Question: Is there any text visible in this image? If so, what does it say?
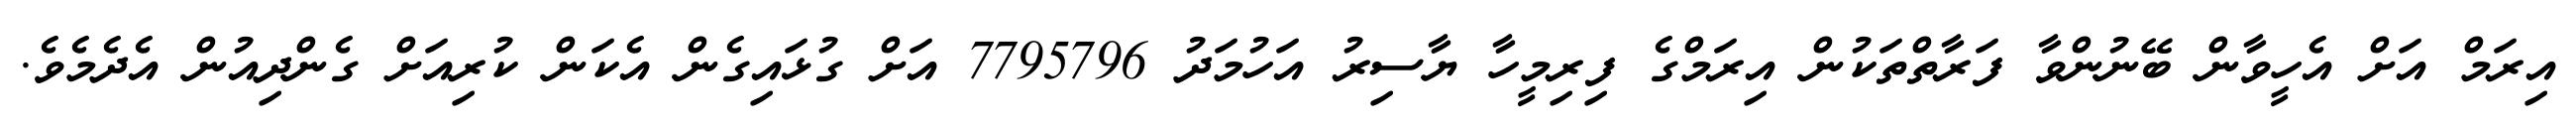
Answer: އިރަމް އަށް އެހީވާން ބޭނުންވާ ފަރާތްތަކުން އިރަމްގެ ފިރިމީހާ ޔާސިރު އަހުމަދު 7795796 އަށް ގުޅައިގެން އެކަން ކުރިއަށް ގެންދިއުން އެދެމެވެ.